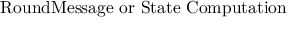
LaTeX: \mathrm { R o u n d M e s s a g e ~ o r ~ S t a t e ~ C o m p u t a t i o n }